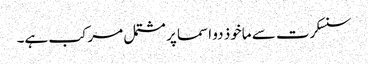
سنسکرت سے ماخوذ دو اسما پر مشتمل مرکب ہے۔